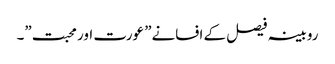
روبینہ فیصل کے افسانے” عورت اور محبت”۔